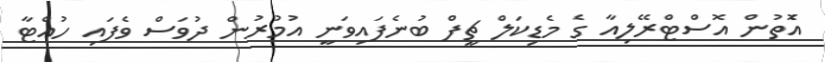
އެޮތުން އޮސްޓްރޭލިއާ ގެ މެޑިކަލް ޗީފް ބުނެފައިވަނީ އުމުރުން ދުވަސް ވެފައި ހުއްޓާ